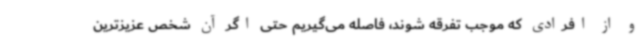
و از افرادی که موجب تفرقه شوند، فاصله می‌گیریم حتی اگر آن شخص عزیزترین